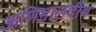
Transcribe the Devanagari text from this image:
आणिमालदीव